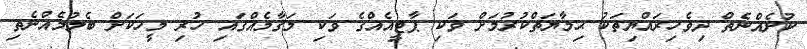
ކުށެއްނެތް ދިވެހިރައްޔިތަކު ޙިމާޔަތްކުރުމަށް ވަކި ޕާޓީއެއްގެ ވަކި މަޤާމެއްގައި ހުރި މީހަކަށް ބެލުމެއްނެތި